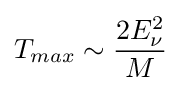
T_{max}\sim {\frac {2E_{\nu }^{2}}{M}}